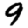
Digit: 9